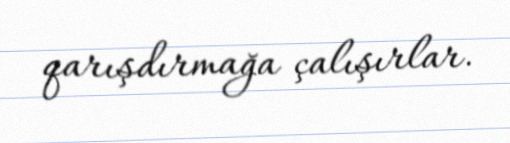
qarışdırmağa çalışırlar.